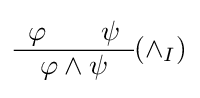
{\begin{array}{c}\varphi \qquad \psi \\\hline \varphi \land \psi \end{array}}(\land _{I})